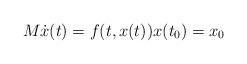
LaTeX: \begin{align*} M \dot{x}(t) = f(t,x(t)) x(t_0) = x_0\end{align*}